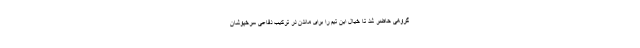
گروهی حاضر شد تا خیال این تیم را برای ماندن در ترکیب دفاعی سرخپوشان